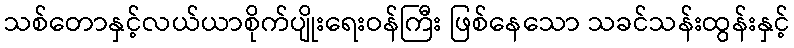
သစ်တောနှင့်လယ်ယာစိုက်ပျိုးရေးဝန်ကြီး ဖြစ်နေသော သခင်သန်းထွန်းနှင့်